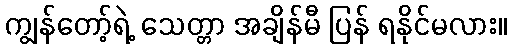
ကျွန်တော့်ရဲ့ သေတ္တာ အချိန်မီ ပြန် ရနိုင်မလား။